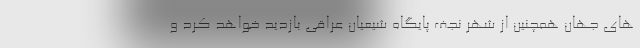
های جهان همچنین از شهر نجف پایگاه شیعیان عراقی بازدید خواهد کرد و